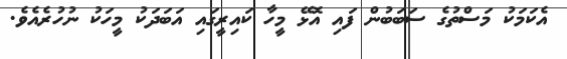
އެކަމަކު މަސްތުގެ ސަބަބުން ފައި އޮޅޭ މީހާ ކައިރީގައި އަބަދަކު މީހަކު ނުހުރެއެވެ.